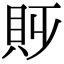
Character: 𧴷